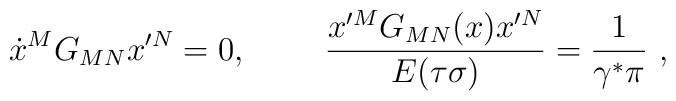
\dot{x}^M G_{MN} x^{\prime N} =0, ~~~~~~~ {x^{\prime M} G_{MN}(x) x^{\prime N} \over E(\tau\sigma)} = {1 \over\gamma^\ast \pi}~,